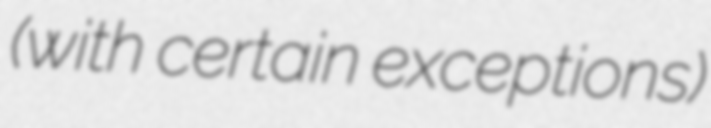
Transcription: (with certain exceptions)